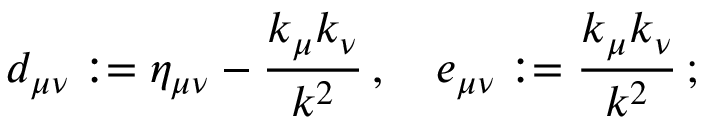
d _ { \mu \nu } : = \eta _ { \mu \nu } - \frac { k _ { \mu } k _ { \nu } } { k ^ { 2 } } \, , \quad e _ { \mu \nu } : = \frac { k _ { \mu } k _ { \nu } } { k ^ { 2 } } \, ;